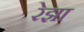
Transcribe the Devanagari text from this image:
रेझा